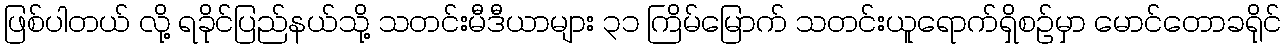
ဖြစ်ပါတယ် လို့ ရခိုင်ပြည်နယ်သို့ သတင်းမီဒီယာများ ၃၁ ကြိမ်မြောက် သတင်းယူရောက်ရှိစဉ်မှာ မောင်တောခရိုင်